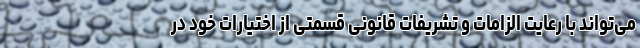
می‌تواند با رعایت الزامات و تشریفات قانونی قسمتی از اختیارات خود در